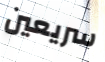
سريعين